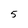
Character: 5